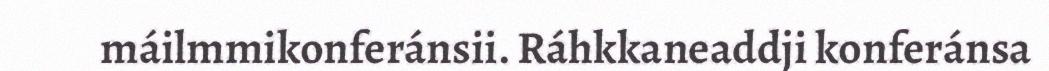
máilmmikonferánsii. Ráhkkaneaddji konferánsa